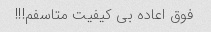
فوق اعاده بی کیفیت متاسفم!!!